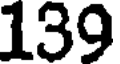
139